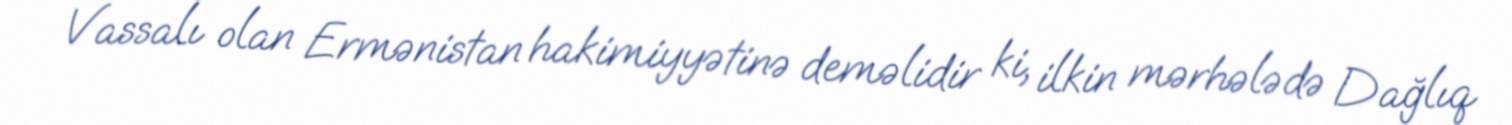
Vassalı olan Ermənistan hakimiyyətinə deməlidir ki, ilkin mərhələdə Dağlıq